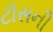
ટૉસની